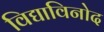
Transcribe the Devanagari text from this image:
विद्याविनोद